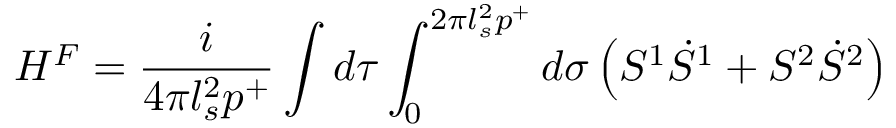
H ^ { F } = \frac { i } { 4 \pi l _ { s } ^ { 2 } p ^ { + } } \int d \tau \int _ { 0 } ^ { 2 \pi l _ { s } ^ { 2 } p ^ { + } } d \sigma \left( S ^ { 1 } \dot { S } ^ { 1 } + S ^ { 2 } \dot { S } ^ { 2 } \right)